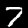
Label: 7